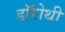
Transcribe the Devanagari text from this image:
डॉरोथी